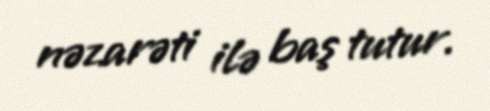
nəzarəti ilə baş tutur.